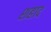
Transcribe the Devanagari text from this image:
शहाद